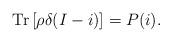
LaTeX: \begin{align*}\mathrm{Tr}\left[\rho \delta(I-i)\right] = P(i).\end{align*}